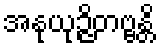
အနုယုဉ္ဇိတဗ္ဗန္တိ